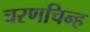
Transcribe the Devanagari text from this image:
चरणचिन्ह